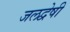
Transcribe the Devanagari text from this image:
जलद्वेषी